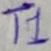
Text: T1